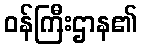
ဝန်ကြီးဌာန၏